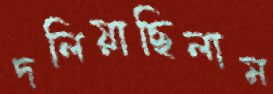
দলিয়াছিলাম